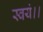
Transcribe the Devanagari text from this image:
स्वयं।।